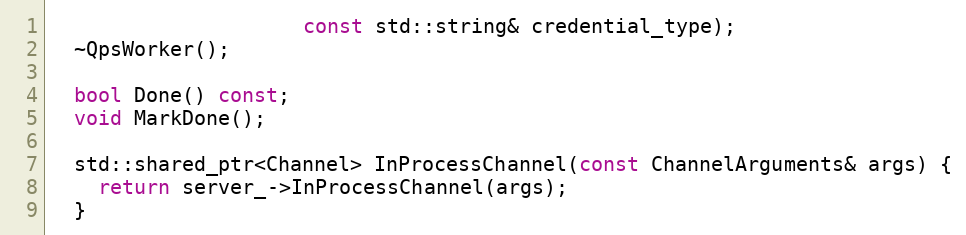
Language: C
                     const std::string& credential_type);
  ~QpsWorker();

  bool Done() const;
  void MarkDone();

  std::shared_ptr<Channel> InProcessChannel(const ChannelArguments& args) {
    return server_->InProcessChannel(args);
  }